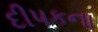
દીપકના